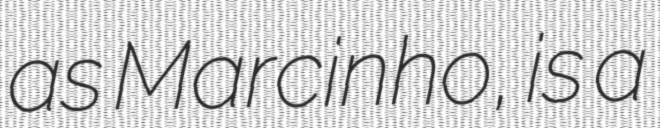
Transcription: as Marcinho, is a